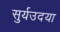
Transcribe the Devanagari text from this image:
सुर्यउदया